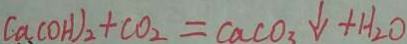
C a ( O H ) _ { 2 } + C O _ { 2 } = C a C O _ { 3 } \downarrow + H _ { 2 } O